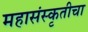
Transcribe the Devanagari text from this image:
महासंस्कृतीचा